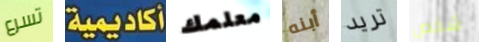
تسرع أكاديمية معلمك أبنه تريد شخص